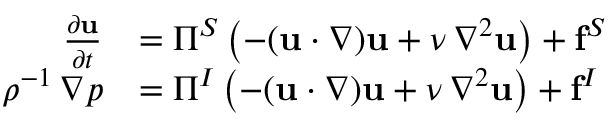
{ \begin{array} { r l } { { \frac { \partial \mathbf { u } } { \partial t } } } & { = \Pi ^ { S } \left( - ( \mathbf { u } \cdot \nabla ) \mathbf { u } + \nu \, \nabla ^ { 2 } \mathbf { u } \right) + \mathbf { f } ^ { S } } \\ { \rho ^ { - 1 } \, \nabla p } & { = \Pi ^ { I } \left( - ( \mathbf { u } \cdot \nabla ) \mathbf { u } + \nu \, \nabla ^ { 2 } \mathbf { u } \right) + \mathbf { f } ^ { I } } \end{array} }